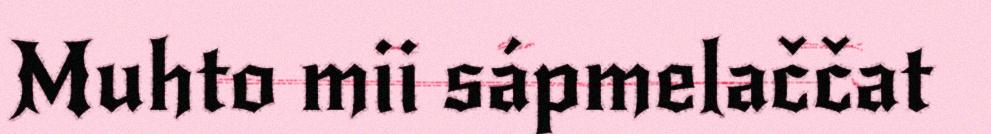
Muhto mii sápmelaččat